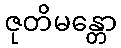
ဇုတိမန္တော